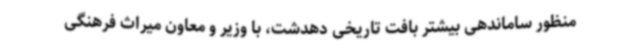
‌منظور ساماندهی بیشتر بافت تاریخی دهدشت، با وزیر و معاون میراث فرهنگی